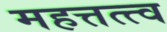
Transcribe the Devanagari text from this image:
महत्तत्त्व